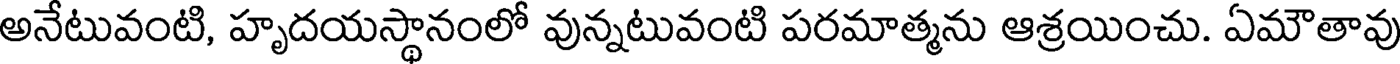
అనేటువంటి, హృదయస్థానంలో వున్నటువంటి పరమాత్మను ఆశ్రయించు. ఏమౌతావు